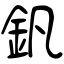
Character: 釩